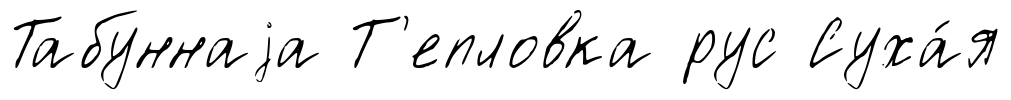
Табуннаjа Т'епловка рус Суха́я